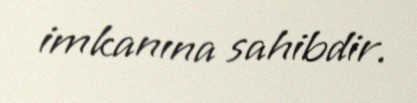
imkanına sahibdir.